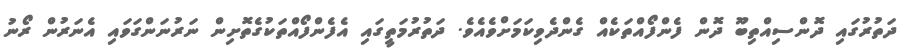
ދަތުރުގައި ދޮންސިއްތިބޫ ދޮން ފެންފޯއްތަކެއް ގެންދެވިކަމަށްވެއެވެ. ދަތުރުމަތީގައި އެފެންފޯއްތަކުގެތޮށިން ނަރުނަންގަވައި އެނަރުން ރޯނު